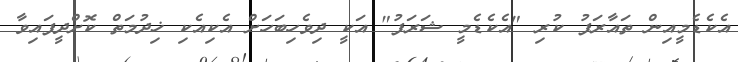
އެކެޑެމީއިން ތައާރަފު ކުރި "އެކެޑެމީ ޝަރަފު" އަކީ ދިވެހިބަހަށް އެކިއެކި ޚިދުމަތް ކޮށްދީފައިވާ